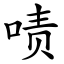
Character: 啧